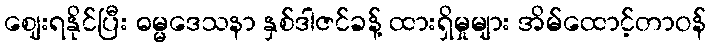
ဈေးရနိုင်ပြီး ဓမ္မဒေသနာ နှစ်ဒါဇင်ခန့် ထားရှိမှုများ အိမ်ထောင့်တာဝန်